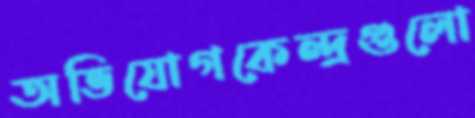
অভিযোগকেন্দ্রগুলো